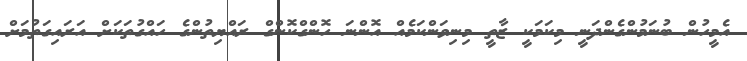
އެމީހުން ބުނަމުންގެންދަނީ މިކަމަކީ ޒާތީ މިނިވަންކަމެއް އޮންނަ ހޮންގްކޮންގް ރައްޔިތުންގެ ހައްގުތަކަށް އަރައިގަތުމަށް